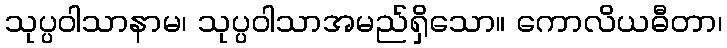
သုပ္ပဝါသာနာမ၊ သုပ္ပဝါသာအမည်ရှိသော။ ကောလိယဓီတာ၊